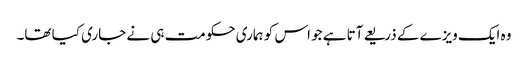
وہ ایک ویزے کے ذریعے آتا ہے جو اس کو ہماری حکومت ہی نے جاری کیا تھا۔